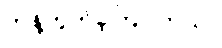
ကန့်ကွက်ခဲ့ကြပါတယ်။